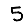
Digit: 5